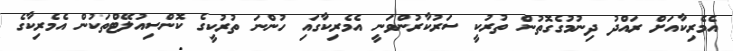
އެމެރިކާއަށް ރައްދު ދިނުމުގެގޮތުން ތުރުކީ ސަރުކާރުންވަނީ އެމެރިކާގައި ހުންނަ ތުރުކީގެ ކޮންސިއުލޭޓްތަކުން އެމެރިކާގެ